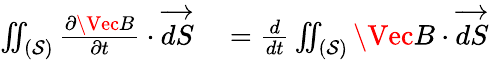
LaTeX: \begin{array}{rl}{\iint_{(\mathcal{S})}\frac{\partial\Vec{B}}{\partial t}\cdot\overrightarrow{dS}}&{{}=\frac{d}{dt}\iint_{(\mathcal{S})}\Vec{B}\cdot\overrightarrow{dS}}\end{array}